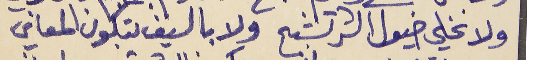
ولا تخلي خيول الشر تشبح     ولا بالسيف بتكون المعاني